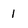
Character: 1